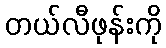
တယ်လီဖုန်းကို